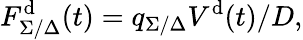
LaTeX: F_{\Sigma/\Delta}^{\mathrm{d}}(t)=q_{\Sigma/\Delta}V^{\mathrm{d}}(t)/D,